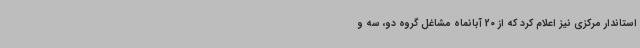
استاندار مرکزی نیز اعلام کرد که از 20 آبانماه مشاغل گروه دو، سه و